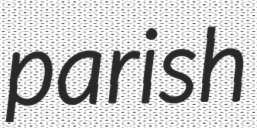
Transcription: parish